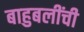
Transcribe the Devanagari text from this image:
बाहुबलींची